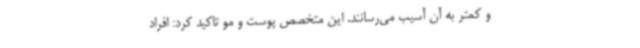
و کمتر به آن آسیب می‌رسانند. این متخصص پوست و مو تاکید کرد: افراد